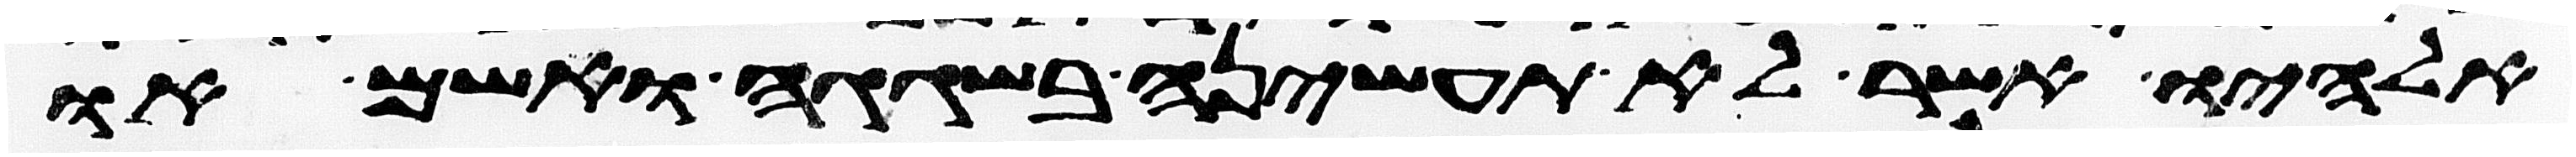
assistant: אלהיו אשר לא תעשיהן בשגגה ואשם או